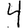
Digit: 4